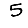
Digit: 5